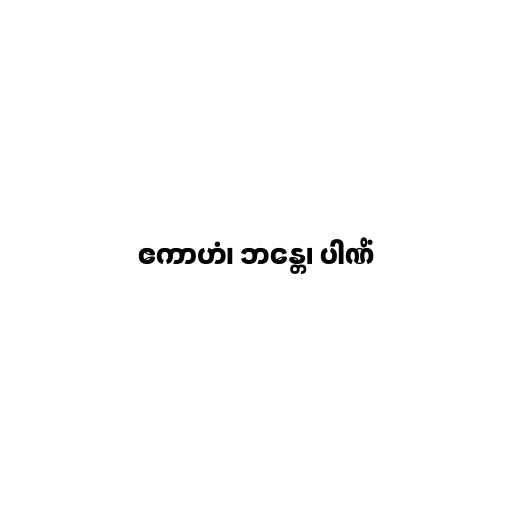
ဧကာဟံ၊ ဘန္တေ၊ ပါဏိံ